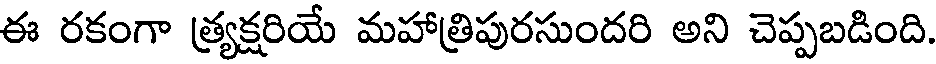
ఈ రకంగా త్ర్యక్షరియే మహాత్రిపురసుందరి అని చెప్పబడింది.